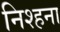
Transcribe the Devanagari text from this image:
निश्हना